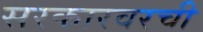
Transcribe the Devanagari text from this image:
सरकारवरची